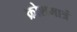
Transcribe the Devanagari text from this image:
क्रोशमात्रं